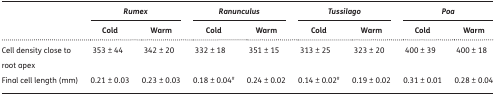
| <ROWSPAN=2>  | <COLSPAN=2> Rumex | <COLSPAN=2> Ranunculus | <COLSPAN=2> Tussilago | <COLSPAN=2> Poa |
 | Cold | Warm | Cold | Warm | Cold | Warm | Cold | Warm |
 | --- | --- | --- | --- | --- | --- | --- | --- | --- |
 | Cell density close to root apex | 353 ± 44 | 342 ± 20 | 332 ± 18 | 351 ± 15 | 313 ± 25 | 323 ± 20 | 400 ± 39 | 400 ± 18 |
 | Final cell length (mm) | 0.21 ± 0.03 | 0.23 ± 0.03 | 0.18 ± 0.04# | 0.24 ± 0.02 | 0.14 ± 0.02# | 0.19 ± 0.02 | 0.31 ± 0.01 | 0.28 ± 0.04 |